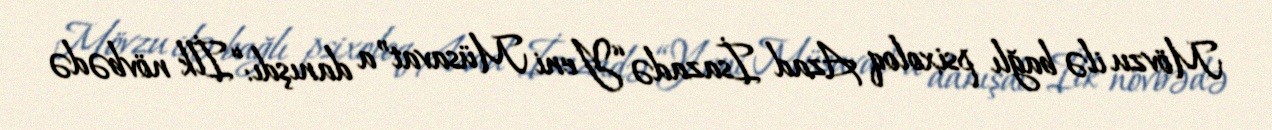
Mövzu ilə bağlı psixoloq Azad İsazadə “Yeni Müsavat”a danışdı: “İlk növbədə